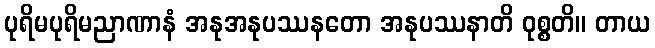
ပုရိမပုရိမညာဏာနံ အနုအနုပဿနတော အနုပဿနာတိ ဝုစ္စတိ။ တာယ